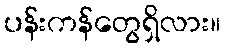
ပန်းကန်တွေရှိလား။